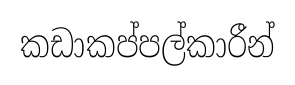
කඩාකප්පල්කාරීන්